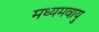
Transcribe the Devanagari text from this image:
मध्यमवायु